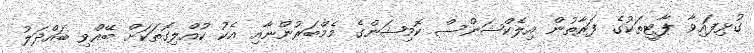
ގުޅިފައިވާ ޕާޓީތަކުގެ ފަރާތުން އިލެކްޝަންސް ކޮމިޝަންގެ މެމްބަރުންނާއި އެކު ކުއްލިގޮތަކަށް ބޭއްވި ބައްދަލު